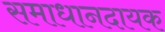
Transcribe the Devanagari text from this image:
समाधानदायक